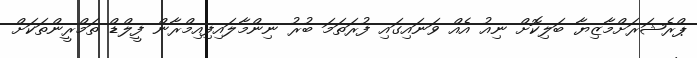
ޕްރެޝަރަށްމާޒިޔާ ބަލިކޮށް ނިއު އެއް ވަނައިގައި ފުރަތަމަ ބުރު ނިންމާލައިފިއިމްރާން ފީލްޑް ތަމްރީންތަކަށް